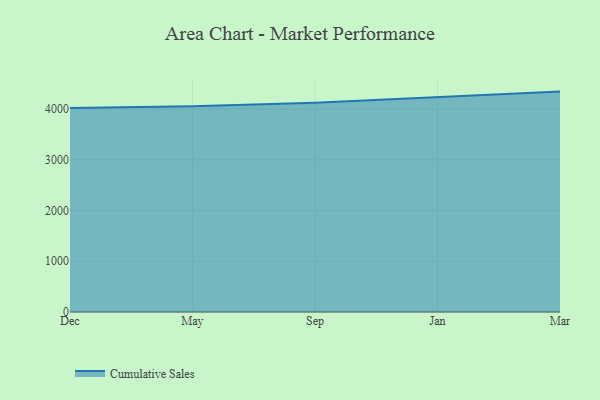
{"axis": {"x": "Month", "y": "Headcount"}, "legend": ["Cumulative Sales"], "data": [{"x": "Dec", "y": 4020.9, "type": "Cumulative Sales"}, {"x": "May", "y": 4055.0, "type": "Cumulative Sales"}, {"x": "Sep", "y": 4121.3, "type": "Cumulative Sales"}, {"x": "Jan", "y": 4232.9, "type": "Cumulative Sales"}, {"x": "Mar", "y": 4342.6, "type": "Cumulative Sales"}]}